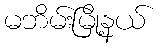
မဘိမ်းမြို့နယ်